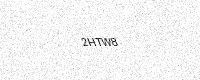
Text: 2HTW8